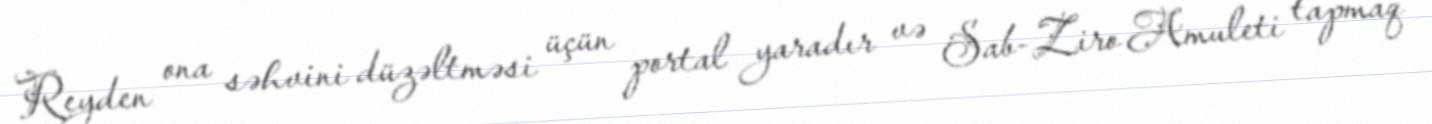
Reyden ona səhvini düzəltməsi üçün portal yaradır və Sab-Ziro Amuleti tapmaq